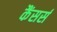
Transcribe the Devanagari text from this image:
कैंसर्स